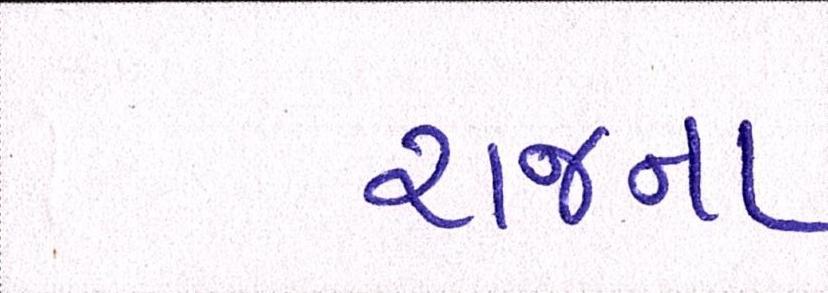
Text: રાજના